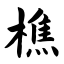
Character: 樵